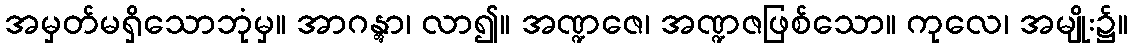
အမှတ်မရှိသောဘုံမှ။ အာဂန္တွာ၊ လာ၍။ အဏ္ဍဇေ၊ အဏ္ဍဇဖြစ်သော။ ကုလေ၊ အမျိုး၌။